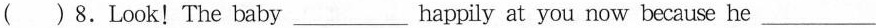
( )8.Look! The baby ___ happily at you now because he ___